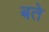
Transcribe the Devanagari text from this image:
बते